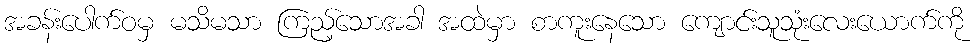
အခန်းပေါက်ဝမှ မသိမသာ ကြည့်သောအခါ အထဲမှာ စာကူးနေသော ကျောင်းသူသုံးလေးယောက်ကို